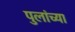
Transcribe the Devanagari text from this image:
पुलांच्या